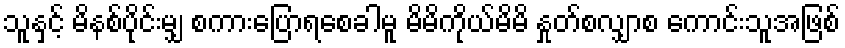
သူနှင့် မိနစ်ပိုင်းမျှ စကားပြောရစေခါမူ မိမိကိုယ်မိမိ နှုတ်စလျှာစ ကောင်းသူအဖြစ်